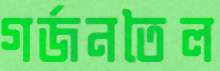
গর্জনতৈল